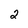
Character: 2